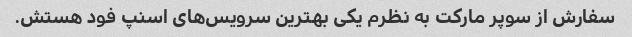
سفارش از سوپر مارکت به نظرم یکی بهترین سرویس‌های اسنپ فود هستش.